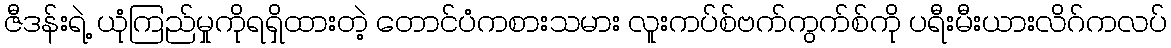
ဇီဒန်းရဲ့ ယုံကြည်မှုကိုရရှိထားတဲ့ တောင်ပံကစားသမား လူးကပ်စ်ဗက်ကွက်စ်ကို ပရီးမီးယားလိဂ်ကလပ်